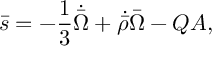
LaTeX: \bar { s } = - \frac { 1 } { 3 } \dot { \bar { \Omega } } + \dot { \bar { \rho } } \bar { \Omega } - Q A ,